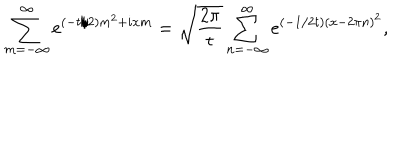
\sum _ { m = - \infty } ^ { \infty } e ^ { ( - t / 2 ) m ^ { 2 } + i x m } = \sqrt { \frac { 2 \pi } { t } } \sum _ { n = - \infty } ^ { \infty } e ^ { ( - 1 / 2 t ) ( x - 2 \pi n ) ^ { 2 } } ,